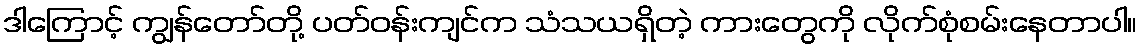
ဒါကြောင့် ကျွန်တော်တို့ ပတ်ဝန်းကျင်က သံသယရှိတဲ့ ကားတွေကို လိုက်စုံစမ်းနေတာပါ။